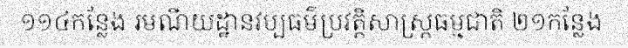
១១៤កន្លែង រមណីយដ្ឋានវប្បធម៌ប្រវត្តិសាស្ត្រធម្មជាតិ ២១កន្លែង